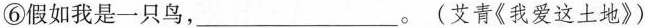
⑥假如我是一只鸟，___。(艾青《我爱这土地》)